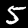
Label: 5